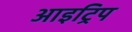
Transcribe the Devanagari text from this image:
आइट्रिप